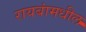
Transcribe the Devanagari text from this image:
रायबांमधील